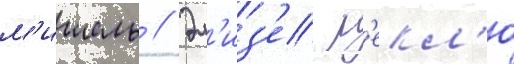
м'ишель // Эл'из'е р'екл'ю